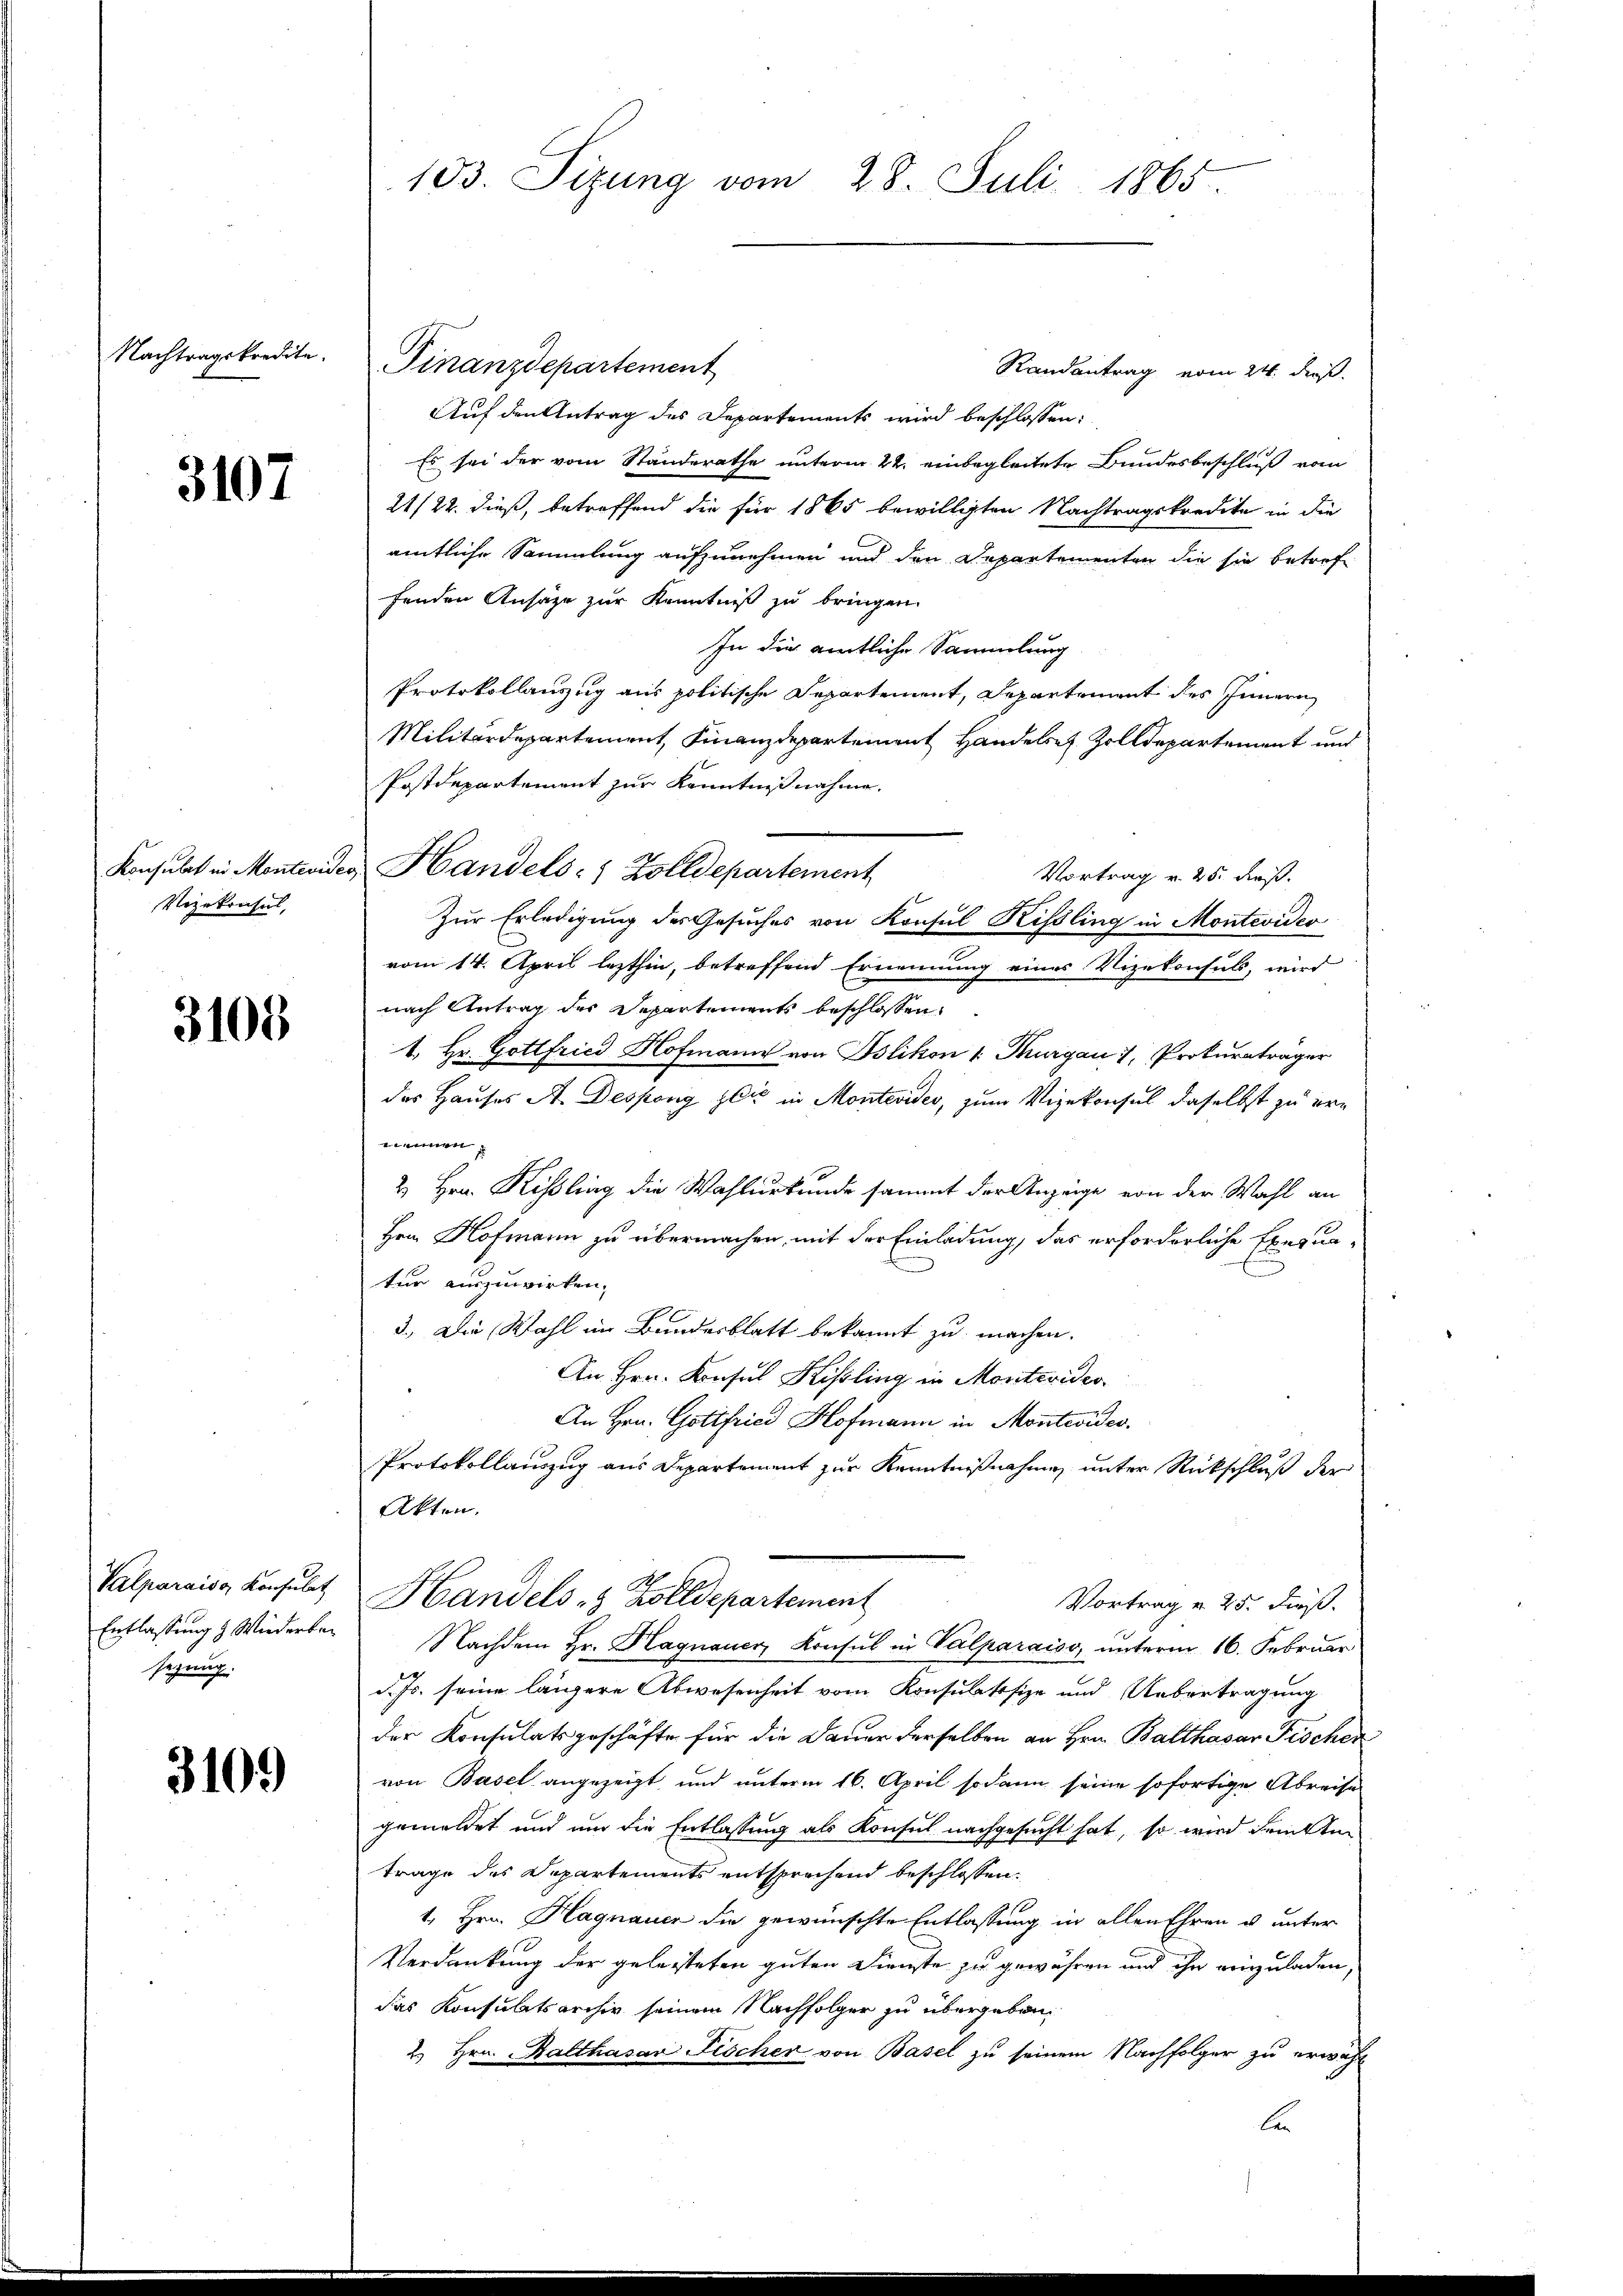
Nachtragskredite.

3107

Vizekonses,

3100

Valparaise Konsulat
Entlassung & Wiederber
sezung.

3109

Finanzdepartement
Randantrag vom 24. dieß.
Auf den Antrag des Departements wird beschlossen:
Es sei der vom Standerathe unterm 22. einbegleitete Bundesbeschluß vom
21/22. dieß, betreffend die für 1865 bewilligten Nachtragskredite in die
amtliche Sammlung aufzunehmen und den Departementen die sie betref
fenden Ansäge zur Kenntniß zu bringen.
In die amtliche Sammlung
Protokollanzug aus politische Separtement, Departement des Innern
Militärdepartement Finanzdepartement Handere Zolldepartement und
Postdepartement zur Kenntnißnahme.
Vortrag v. 25. dieß.
Zur Erledigung des Gesuches von Konsul Rissling in Montevideo
vom 14. April lezthin, betreffend Ernennung eines Vizekonsuls, wird
nach Antrag des Departements beschlossen:
1. Hr. Gottfried Hofmann von Bslikon v. Thurgau 1, Prokuratrager
des Hauses A. Despong die in Montevides, zum Vizekonsul daselbst zu erannen
2 Hrn. Kisling die Wahlurkunde sammt der Anzeige von der Wahl an
Herr Hofmann zu übermachen, mit der Einladung, das erforderliche Exequa-
ter auszuwirken,
3.) Die Wahl im Bundesblatt bekannt zu machen.
An Hrn. Konsul Kissling in Montevideo
An Hrn. Gottfried Hofmann in Montevides.
Protokollauszug aus Departement zur Kenntnißnahmen unter Rückschluß der
Akten.
Handels- & Zolldepartement
Vortrag v. 25. dieß.
Nachdem Hr. Hagnauer, Konsul in Valparaiss, unterm 16. Februar
d. Js. seine längere Abwesenheit vom Konsulatisie und Uebertragung
der Konsulatsgeschäfte für die Dauer derselben an Hrn. Balthasar Fischer
von Basel angezeigt, und unterm 16. April sodann seine sofortige Abreise
gemeldet und um die Entlassung als Konsul nachgesucht hat, so wird dritten
trage des Departements entsprechend beschlossen:
1. Hrn. Hagnauer die gewünschte Entlassung in allen Ehren u. unter
Verdankung der geleiteten guten Dienste zu gewähren und ihn einzuladen
das Konsulatsarchiv seinem Nachfolger zu übergeben,
2. Hrn. Balthasar Fischer von Basel zu seinem Nachfolger zu erwähl
E

103. Sizung vom 28. Juli 1865.

Konsulat in Monteviden Handels- & Zolldepartement